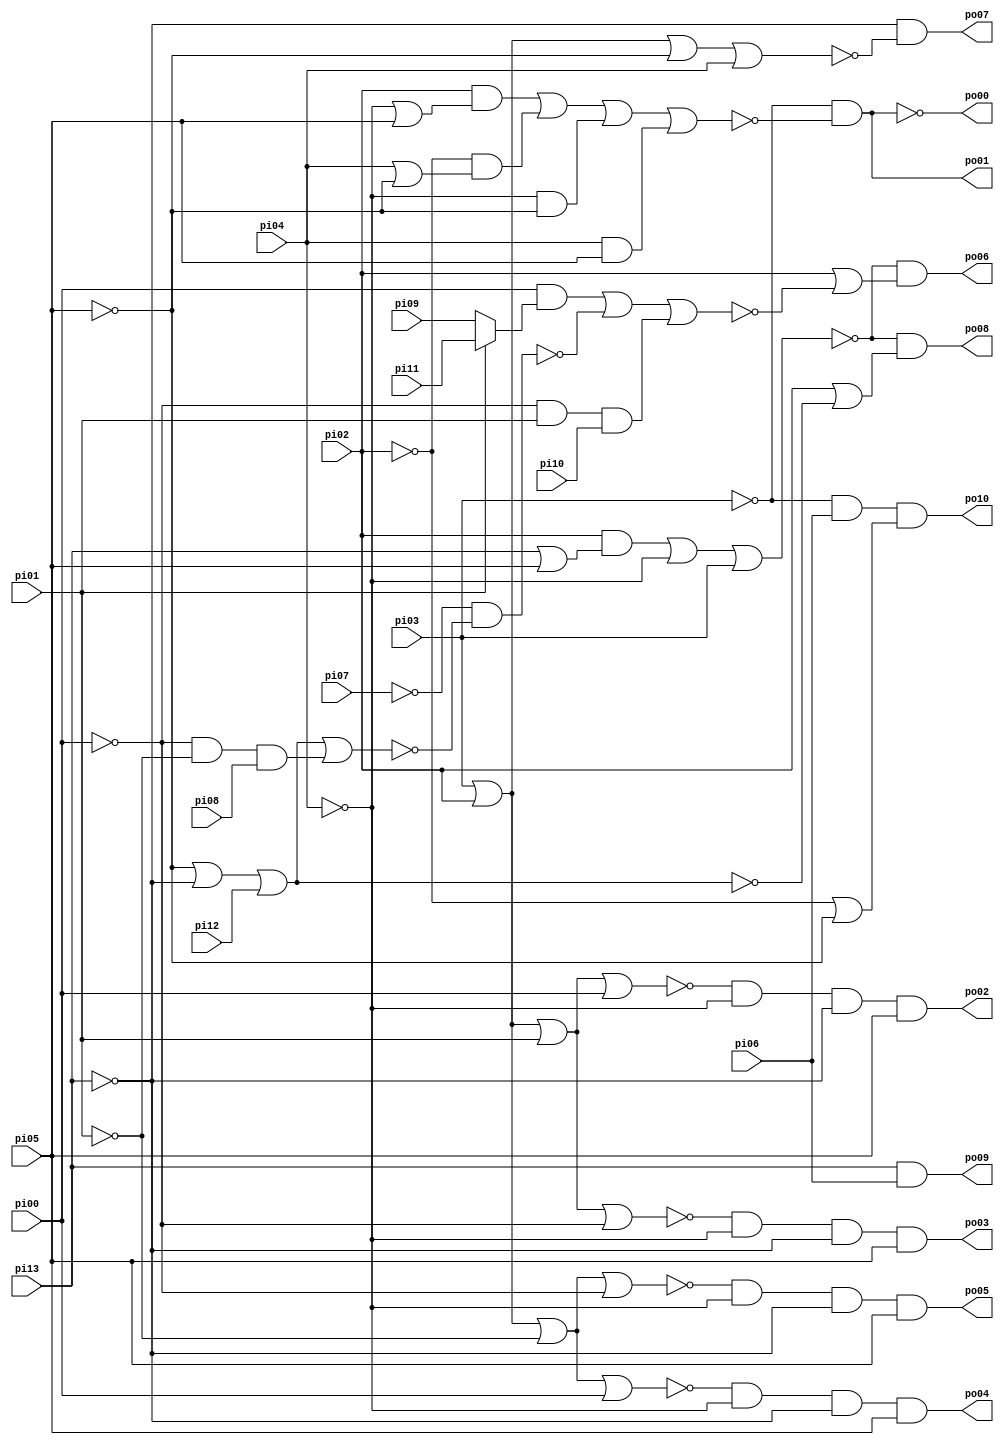
// Benchmark "cu" written by ABC on Thu Mar 19 13:02:36 2020

module cu ( 
    pi00, pi01, pi02, pi03, pi04, pi05, pi06, pi07, pi08, pi09, pi10, pi11,
    pi12, pi13,
    po00, po01, po02, po03, po04, po05, po06, po07, po08, po09, po10  );
  input  pi00, pi01, pi02, pi03, pi04, pi05, pi06, pi07, pi08, pi09,
    pi10, pi11, pi12, pi13;
  output po00, po01, po02, po03, po04, po05, po06, po07, po08, po09, po10;
  wire new_n37_, new_n38_, new_n39_, new_n40_, new_n41_, new_n42_, new_n43_,
    new_n44_, new_n45_, new_n46_, new_n47_, new_n48_;
  assign po00 = ~new_n38_;
  assign po01 = ~pi03 & ~new_n37_;
  assign po02 = ~new_n39_ & ~pi04 & ~pi13 & pi05;
  assign po03 = ~new_n40_ & ~pi04 & ~pi13 & pi05;
  assign po04 = ~new_n41_ & ~pi04 & ~pi13 & pi05;
  assign po05 = ~new_n42_ & ~pi04 & ~pi13 & pi05;
  assign po06 = ~new_n44_ & (pi02 | ~new_n43_);
  assign po07 = ~pi13 & ~new_n47_;
  assign po08 = ~new_n44_ & (pi02 | ~new_n48_);
  assign po09 = pi13 & pi06;
  assign po10 = ~pi03 & pi06 & (~pi02 | ~pi05);
  assign new_n37_ = (pi02 & (~pi04 | pi05)) | (~pi02 & (pi04 | ~pi05)) | (~pi04 & ~pi05) | (pi04 & pi05);
  assign new_n38_ = ~pi03 & ~new_n37_;
  assign new_n39_ = pi03 | pi02 | pi01 | pi00;
  assign new_n40_ = pi03 | pi02 | pi01 | ~pi00;
  assign new_n41_ = pi03 | pi02 | ~pi01 | pi00;
  assign new_n42_ = pi03 | pi02 | ~pi01 | ~pi00;
  assign new_n43_ = (pi00 & (pi01 ? pi11 : pi09)) | ~new_n45_ | (~pi00 & pi01 & pi10);
  assign new_n44_ = (pi02 & (pi13 | pi05)) | ~pi04 | pi03;
  assign new_n45_ = ~pi07 & ~new_n46_;
  assign new_n46_ = ~pi05 | ~pi13 | pi12 | (~pi00 & ~pi01 & pi08);
  assign new_n47_ = pi03 | pi02 | ~pi05 | pi04;
  assign new_n48_ = ~pi05 | ~pi13 | pi12;
endmodule